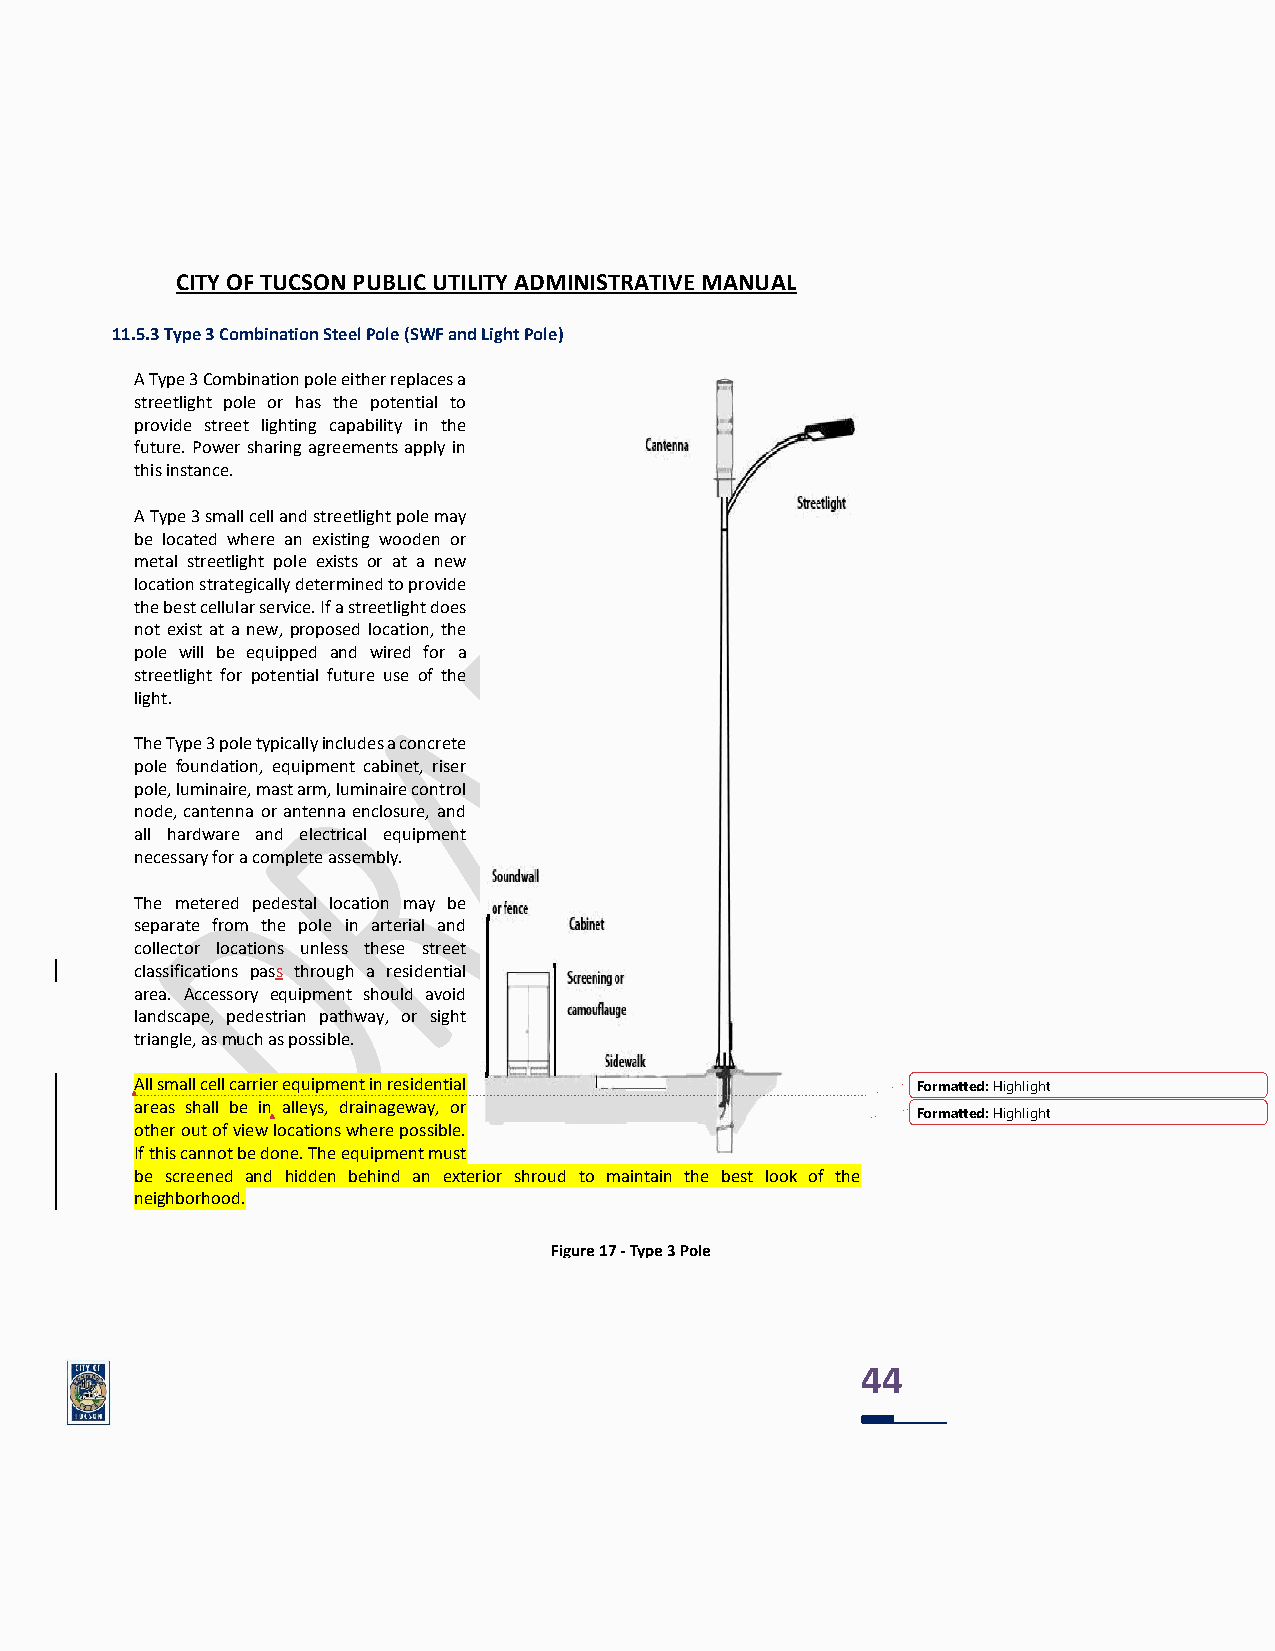
CITY OF TUCSON PUBLIC UTILITY ADMINISTRATIVE MANUAL
 11.5.3 Type 3 Combination Steel Pole (SWF and Light Pole)
 A Type 3 Combination pole either replaces a
 streetlight pole or has the potential to
 provide street lighting capability in the
 future. Power sharing agreements apply in
 this instance.
 A Type 3 small cell and streetlight pole may
 be located where an existing wooden or
 metal streetlight pole exists or at a new
 location strategically determined to provide
 the best cellular service. If a streetlight does
 not exist at a new, proposed location, the
 pole will be equipped and wired for a
 streetlight for potential future use of the
 light.
 The Type 3 pole typically includes a concrete
 pole foundation, equipment cabinet, riser
 pole, luminaire, mast arm, luminaire control
 node, cantenna or antenna enclosure, and
 all hardware and electrical equipment
 necessary for a complete assembly.
 The metered pedestal location may be
 separate from the pole in arterial and
 collector locations unless these street
 classifications pass through a residential
 area. Accessory equipment should avoid
 landscape, pedestrian pathway, or sight
 triangle, as much as possible.
 All small cell carrier equipment in residential     Formatted: Highlight
 areas shall be in alleys, drainageway, or
 Formatted: Highlight
 other out of view locations where possible.
 If this cannot be done. The equipment must
 be screened and hidden behind an exterior shroud to maintain the best look of the
 neighborhood.
 Figure 17 - Type 3 Pole
 PolePole
 44